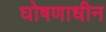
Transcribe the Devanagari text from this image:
घोषणाधीन